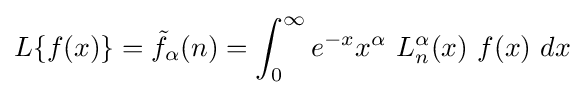
L\{f(x)\}={\tilde {f}}_{\alpha }(n)=\int _{0}^{\infty }e^{-x}x^{\alpha }\ L_{n}^{\alpha }(x)\ f(x)\ dx